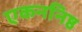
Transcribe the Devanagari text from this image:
एकननिष्ठ